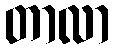
တာလာ